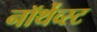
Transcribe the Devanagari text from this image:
नॉर्थेव्स्ट